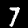
Digit: 7